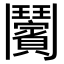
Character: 𩰝